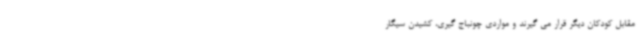
مقابل کودکان دیگر قرار می گیرند و مواردی چونباج گیری، کشیدن سیگار